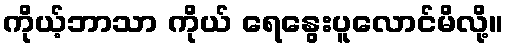
ကိုယ့်ဘာသာ ကိုယ် ရေနွေးပူလောင်မိလို့။